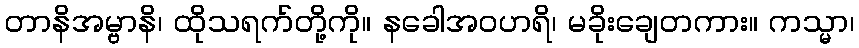
တာနိအမ္ဗာနိ၊ ထိုသရက်တို့ကို။ နခေါအဝဟရိ၊ မခိုးချေတကား။ ကသ္မာ၊